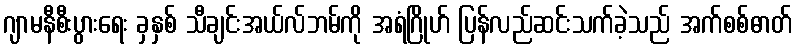
ဂျာမနီစီးပွားရေး ခှနှစ် သီချင်းအယ်လ်ဘမ်ကို အရံဂြိုဟ် ပြန်လည်ဆင်းသက်ခဲ့သည် အက်စစ်ဓာတ်